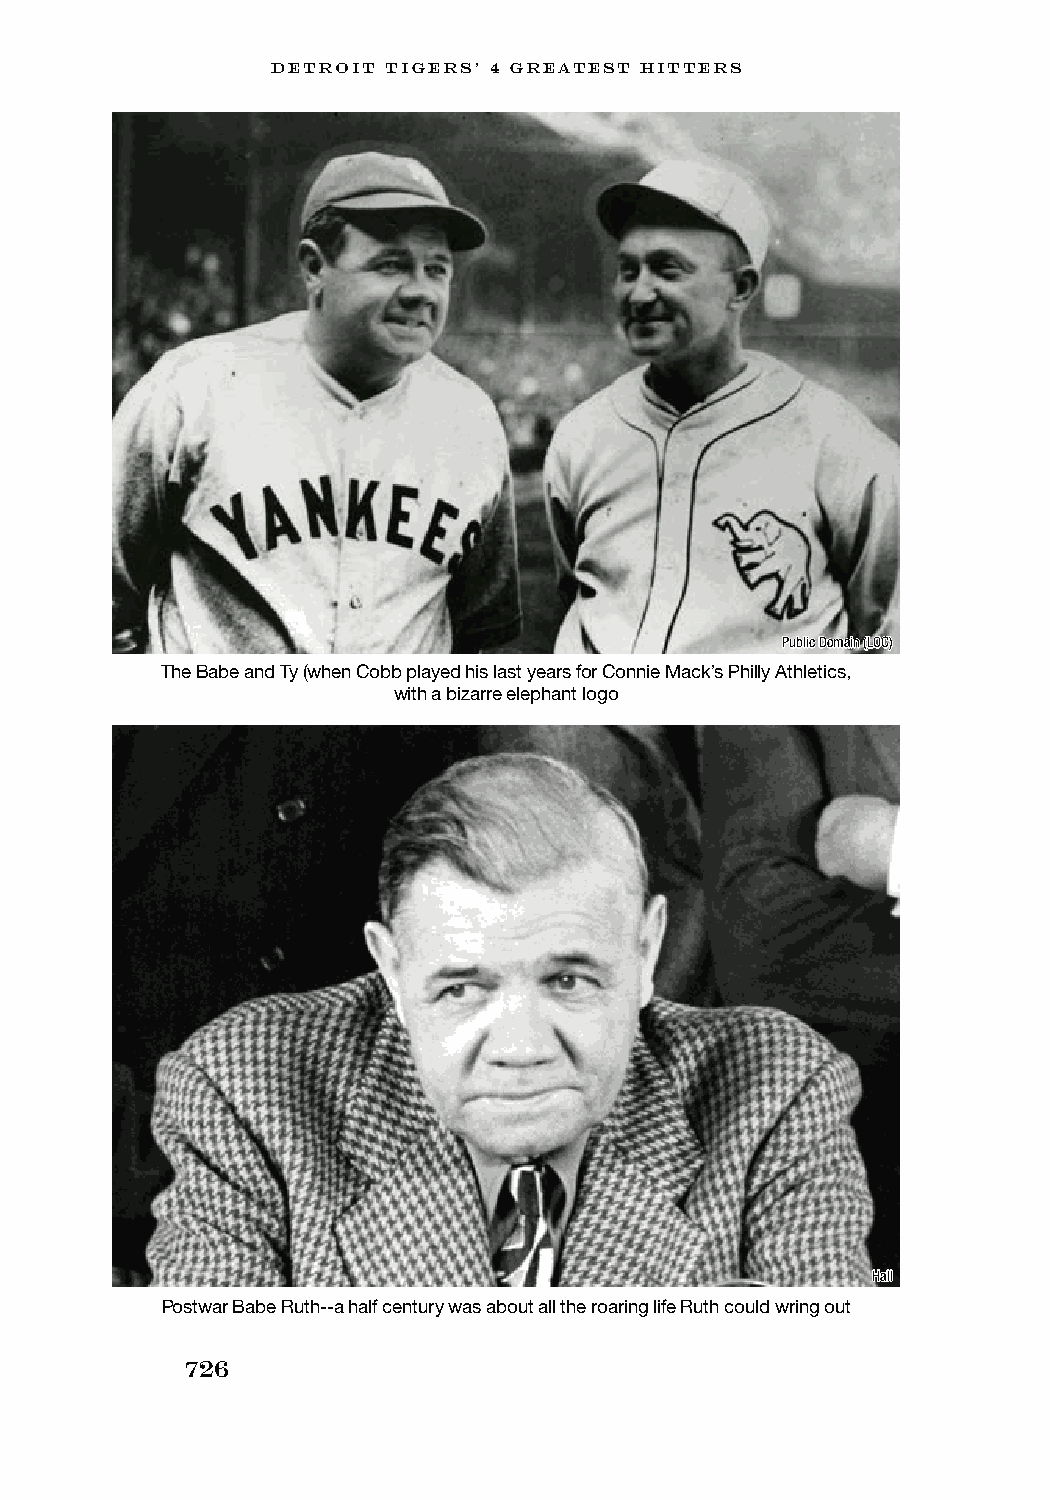
DETROIT TIGERS’ 4 GREATEST HITTERS
 Public Domain (LOC)
 The Babe and Ty (when Cobb played his last years for Connie Mack’s Philly Athletics,
 with a bizarre elephant logo
 Hall
 Postwar Babe Ruth--a half century was about all the roaring life Ruth could wring out
 726